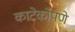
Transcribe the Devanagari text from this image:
काटेकोपणे